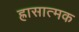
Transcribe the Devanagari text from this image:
ह्रासात्मक